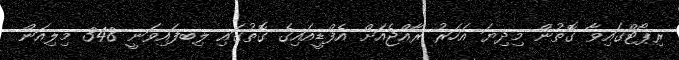
ރިޕޯޓްގައިވާ ގޮތުން މިދިޔަ އަހަރު ރާއްޖެއަށް އެފްޑީއައިގެ ގޮތުގައި ލިބފައިވަނީ 348 މިލިއަން